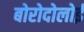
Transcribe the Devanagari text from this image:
बोरोदोलोई